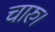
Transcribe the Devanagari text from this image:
चारु।